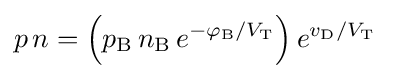
p\,n=\left(p_{\text{B}}\,n_{\text{B}}\,e^{-\varphi _{\text{B}}/V_{\text{T}}}\right)e^{v_{\text{D}}/V_{\text{T}}}\